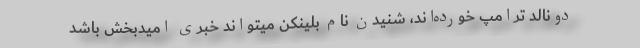
دونالد ترامپ خورده‌اند، شنیدن نام بلینکن میتواند خبری امیدبخش باشد